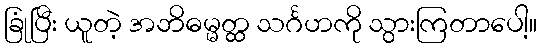
ခြုံပြီး ယူတဲ့ အဘိဓမ္မတ္ထ သင်္ဂဟကို သွားကြတာပေါ့။